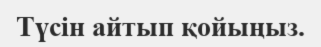
Түсін айтып қойыңыз.